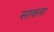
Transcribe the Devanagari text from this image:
साक्ता